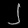
Digit: ၂